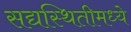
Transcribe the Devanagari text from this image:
सद्यस्थितीमध्ये